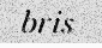
bris